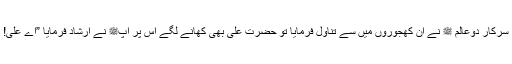
سرکار دوعالم ﷺ نے ان کھجوروں میں سے تناول فرمایا تو حضرت علیؓ بھی کھانے لگے اس پر آپﷺ نے ارشاد فرمایا ”اے علی!